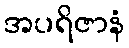
အပရိဇာနံ